Kambja_algkool, lk 52
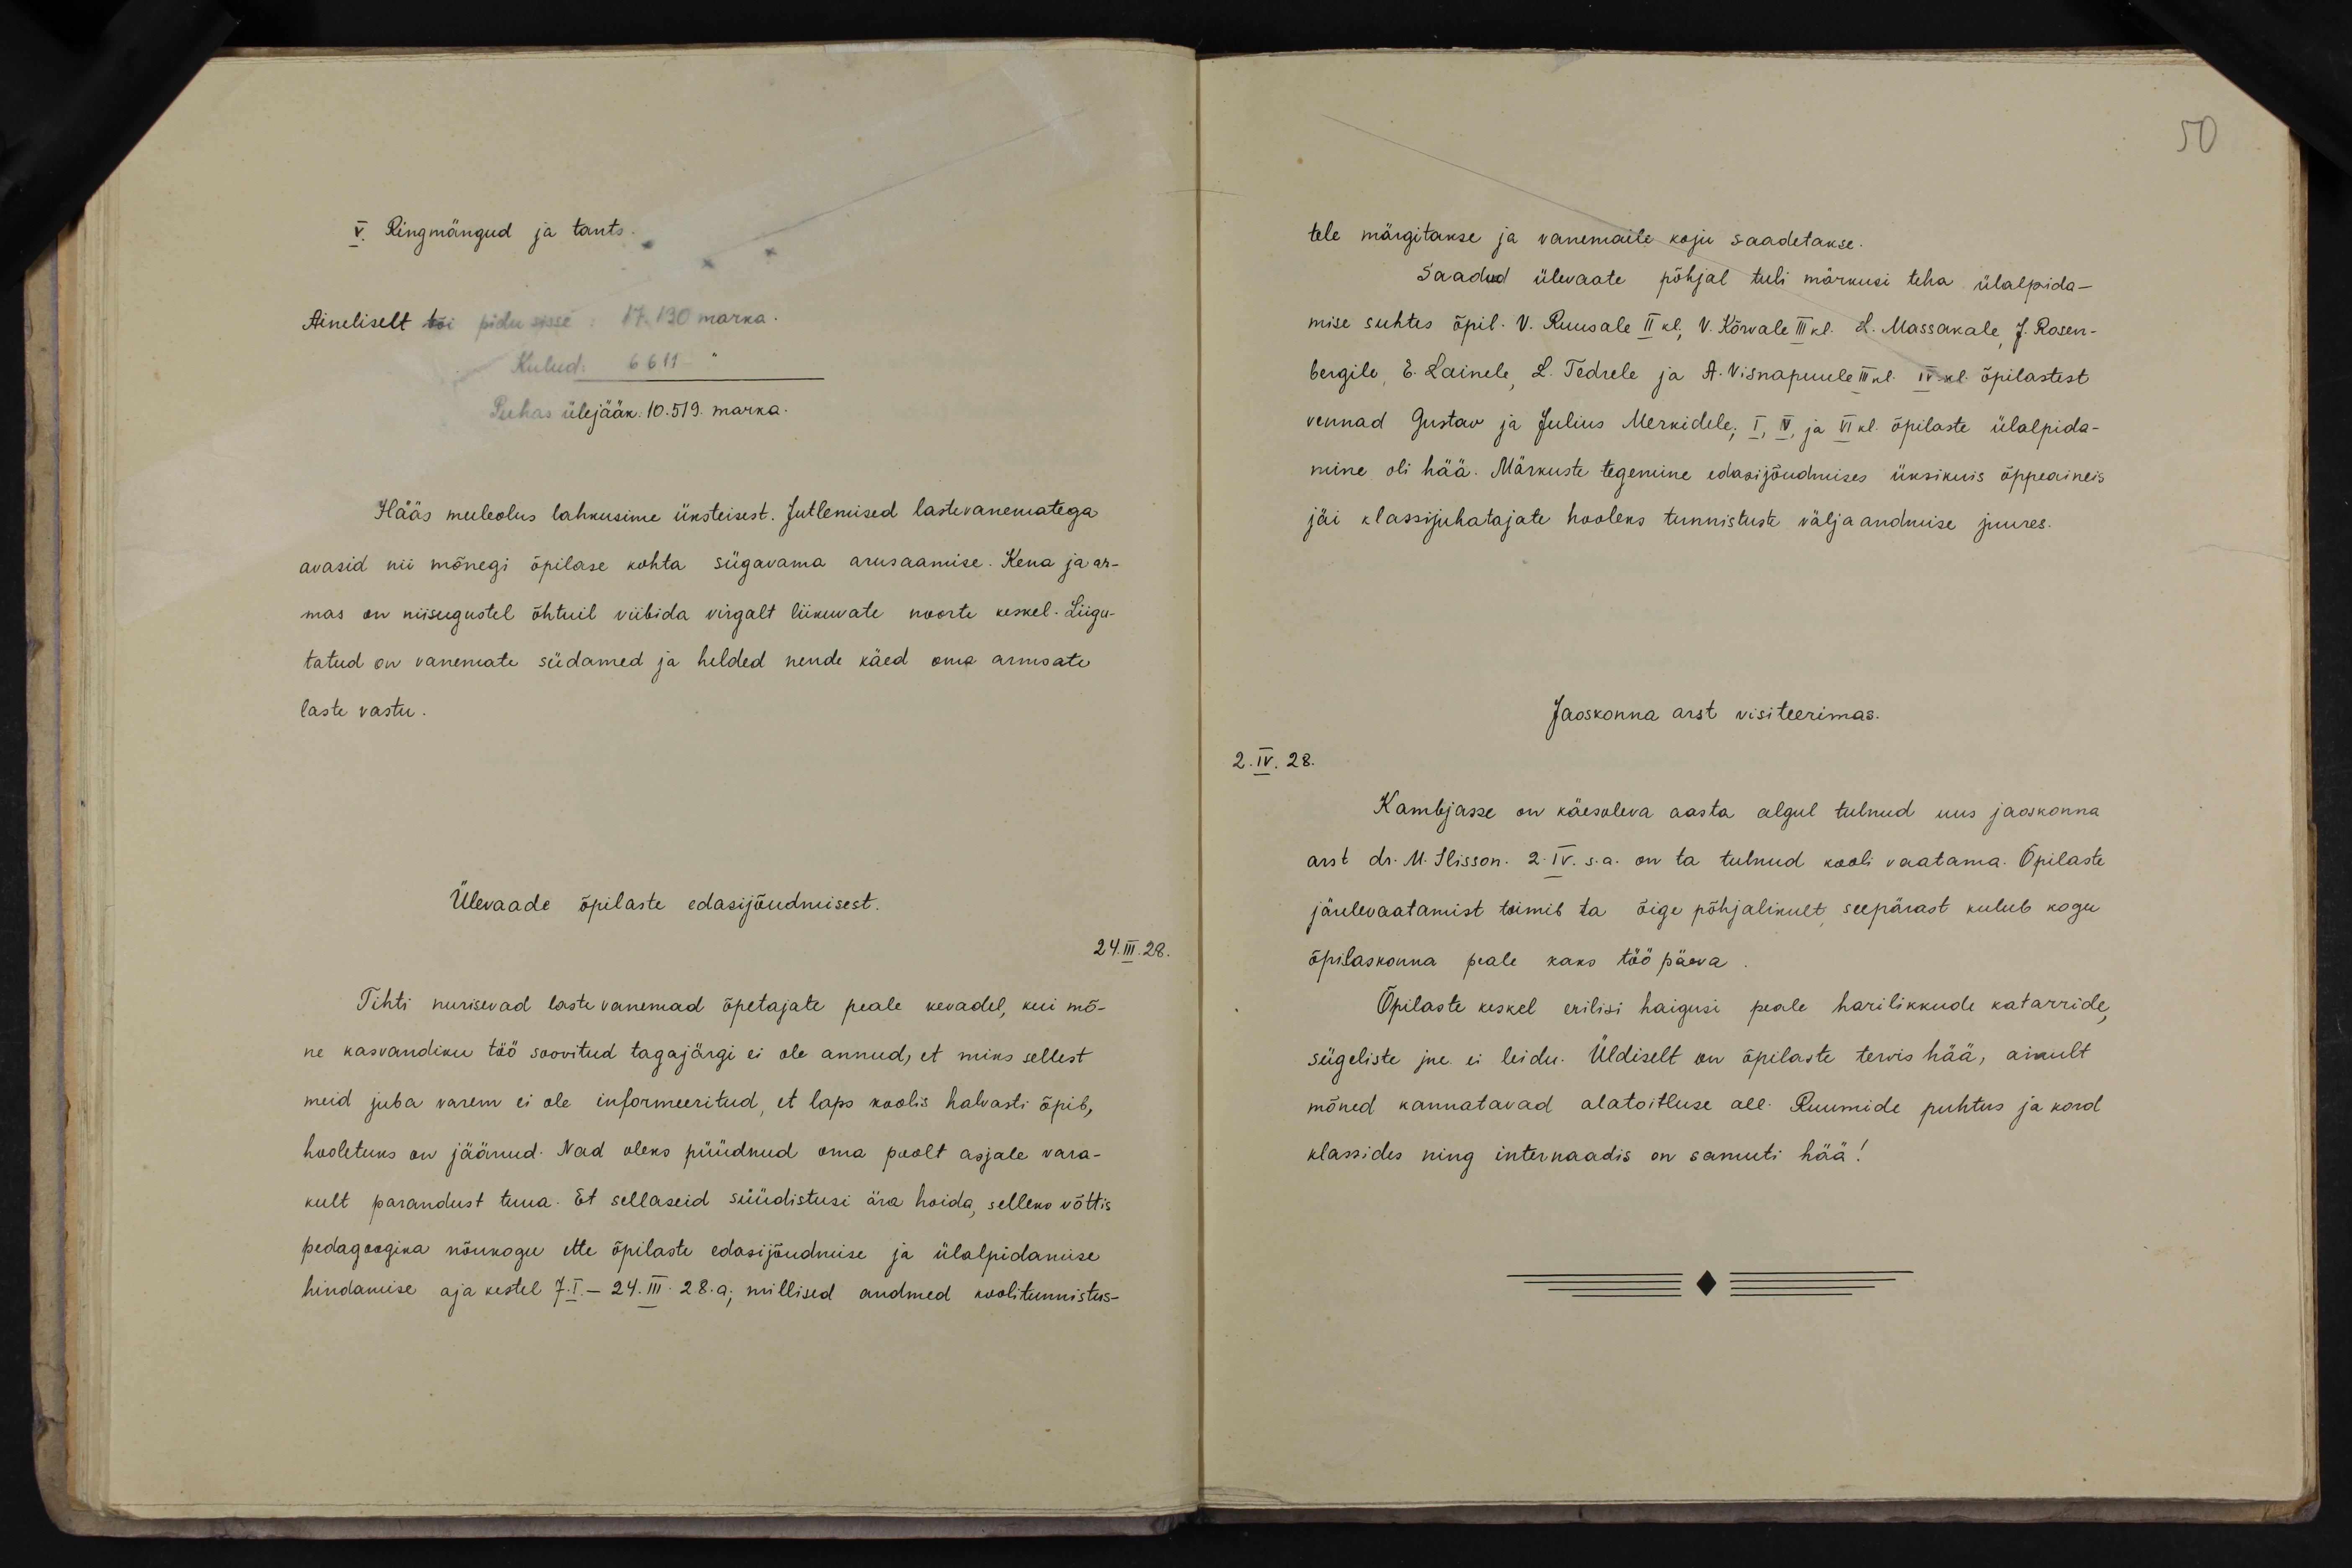
V. Ringmängud ja tants.
Aineliselt tõi pidu sisse: 17.130 marka.
Kulud: 6611 "
Puhas ülejääk: 10.519. marka.
Hääs meeleolus lahkusime üksteisest. Jutlemised lastevanematega
avasid nii mõnegi õpilase kohta sügavama arusaamise. Kena ja ar-
mas on niisugustel õhtuil viibida virgalt liikuvate noorte keskel. Liigu-
tatud on vanemate südamed ja helded nende käed oma armsate
laste vastu.
Ülevaade õpilaste edasijõudmisest.
24.III.28.
Tihti nurisevad laste vanemad õpetajate peale kevadel, kui mõ-
ne kasvandiku töö soovitud tagajärgi ei ole annud, et miks sellest
meid juba varem ei ole informeeritud, et laps koolis halvasti õpib,
hooletuks on jäänud. Nad oleks püüdnud oma poolt asjale vara-
kult parandust tuua. Et sellaseid süüdistusi ära hoida, selleks võttis
pedagoogika nõukogu ette õpilaste edasijõudmise ja ülalpidamise
hindamise aja kestel 7.I. 24.III. 28.a. millised andmed koolitunnistus-

50
tele märgitakse ja vanemaile koju saadetakse.
Saadud ülevaate põhjal tuli märkusi teha ülalpida-
mise suhtes õpil. V. Ruusale II kl, V. Kõrvale III kl. L. Massakale J. Rosen-
bergile, E. Lainele L. Tedrele ja A. Visnapuule III kl. IV. kl. õpilastest
vennad Gustav ja Julius Merkidele, I, V, ja VI kl. õpilaste ülalpida-
mine oli hää. Märkuste tegemine edasijõudmises üksikuis õppeaineis
jäi klassijuhatajate hooleks tunnistuste väljaandmise juures.
Jaoskonna arst visiteerimas.
2.IV.28.
Kambjasse on käesoleva aasta algul tulnud uus jaoskonna.
arst dr. M. Ilisson. 2. IV. s.a. on ta tulnud kooli vaatama. Õpilaste
järelevaatamist toimib ta õige põhjalikult seepärast kulub kogu
õpilaskonna peale kaks tööpäeva
Õpilaste keskel erilisi haigusi peale harilikkude katarride,
sügeliste jne. ei leidu. Üldiselt on õpilaste tervis hää, ainult
mõned kannatavad alatoitluse all. Ruumide puhtus ja kord
klassides ning internaadis on samuti hää!